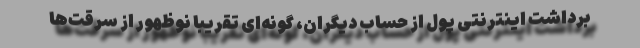
برداشت اینترنتی پول از حساب دیگران، گونه‌ای تقریبا نوظهور از سرقت‌ها